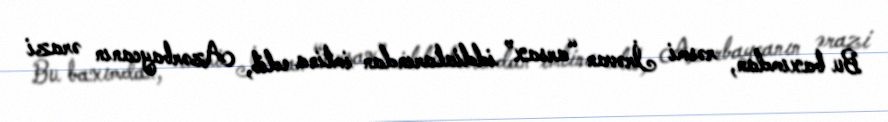
Bu baxımdan, rəsmi İrəvan “arsax” iddialarından imtina edib, Azərbaycanın ərazi